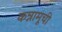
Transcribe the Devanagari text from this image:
कन्नामूची